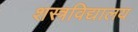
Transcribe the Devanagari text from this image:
शस्त्रविद्यालय